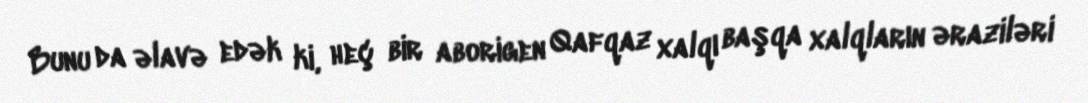
Bunu da əlavə edək ki, heç bir aborigen Qafqaz xalqı başqa xalqların əraziləri